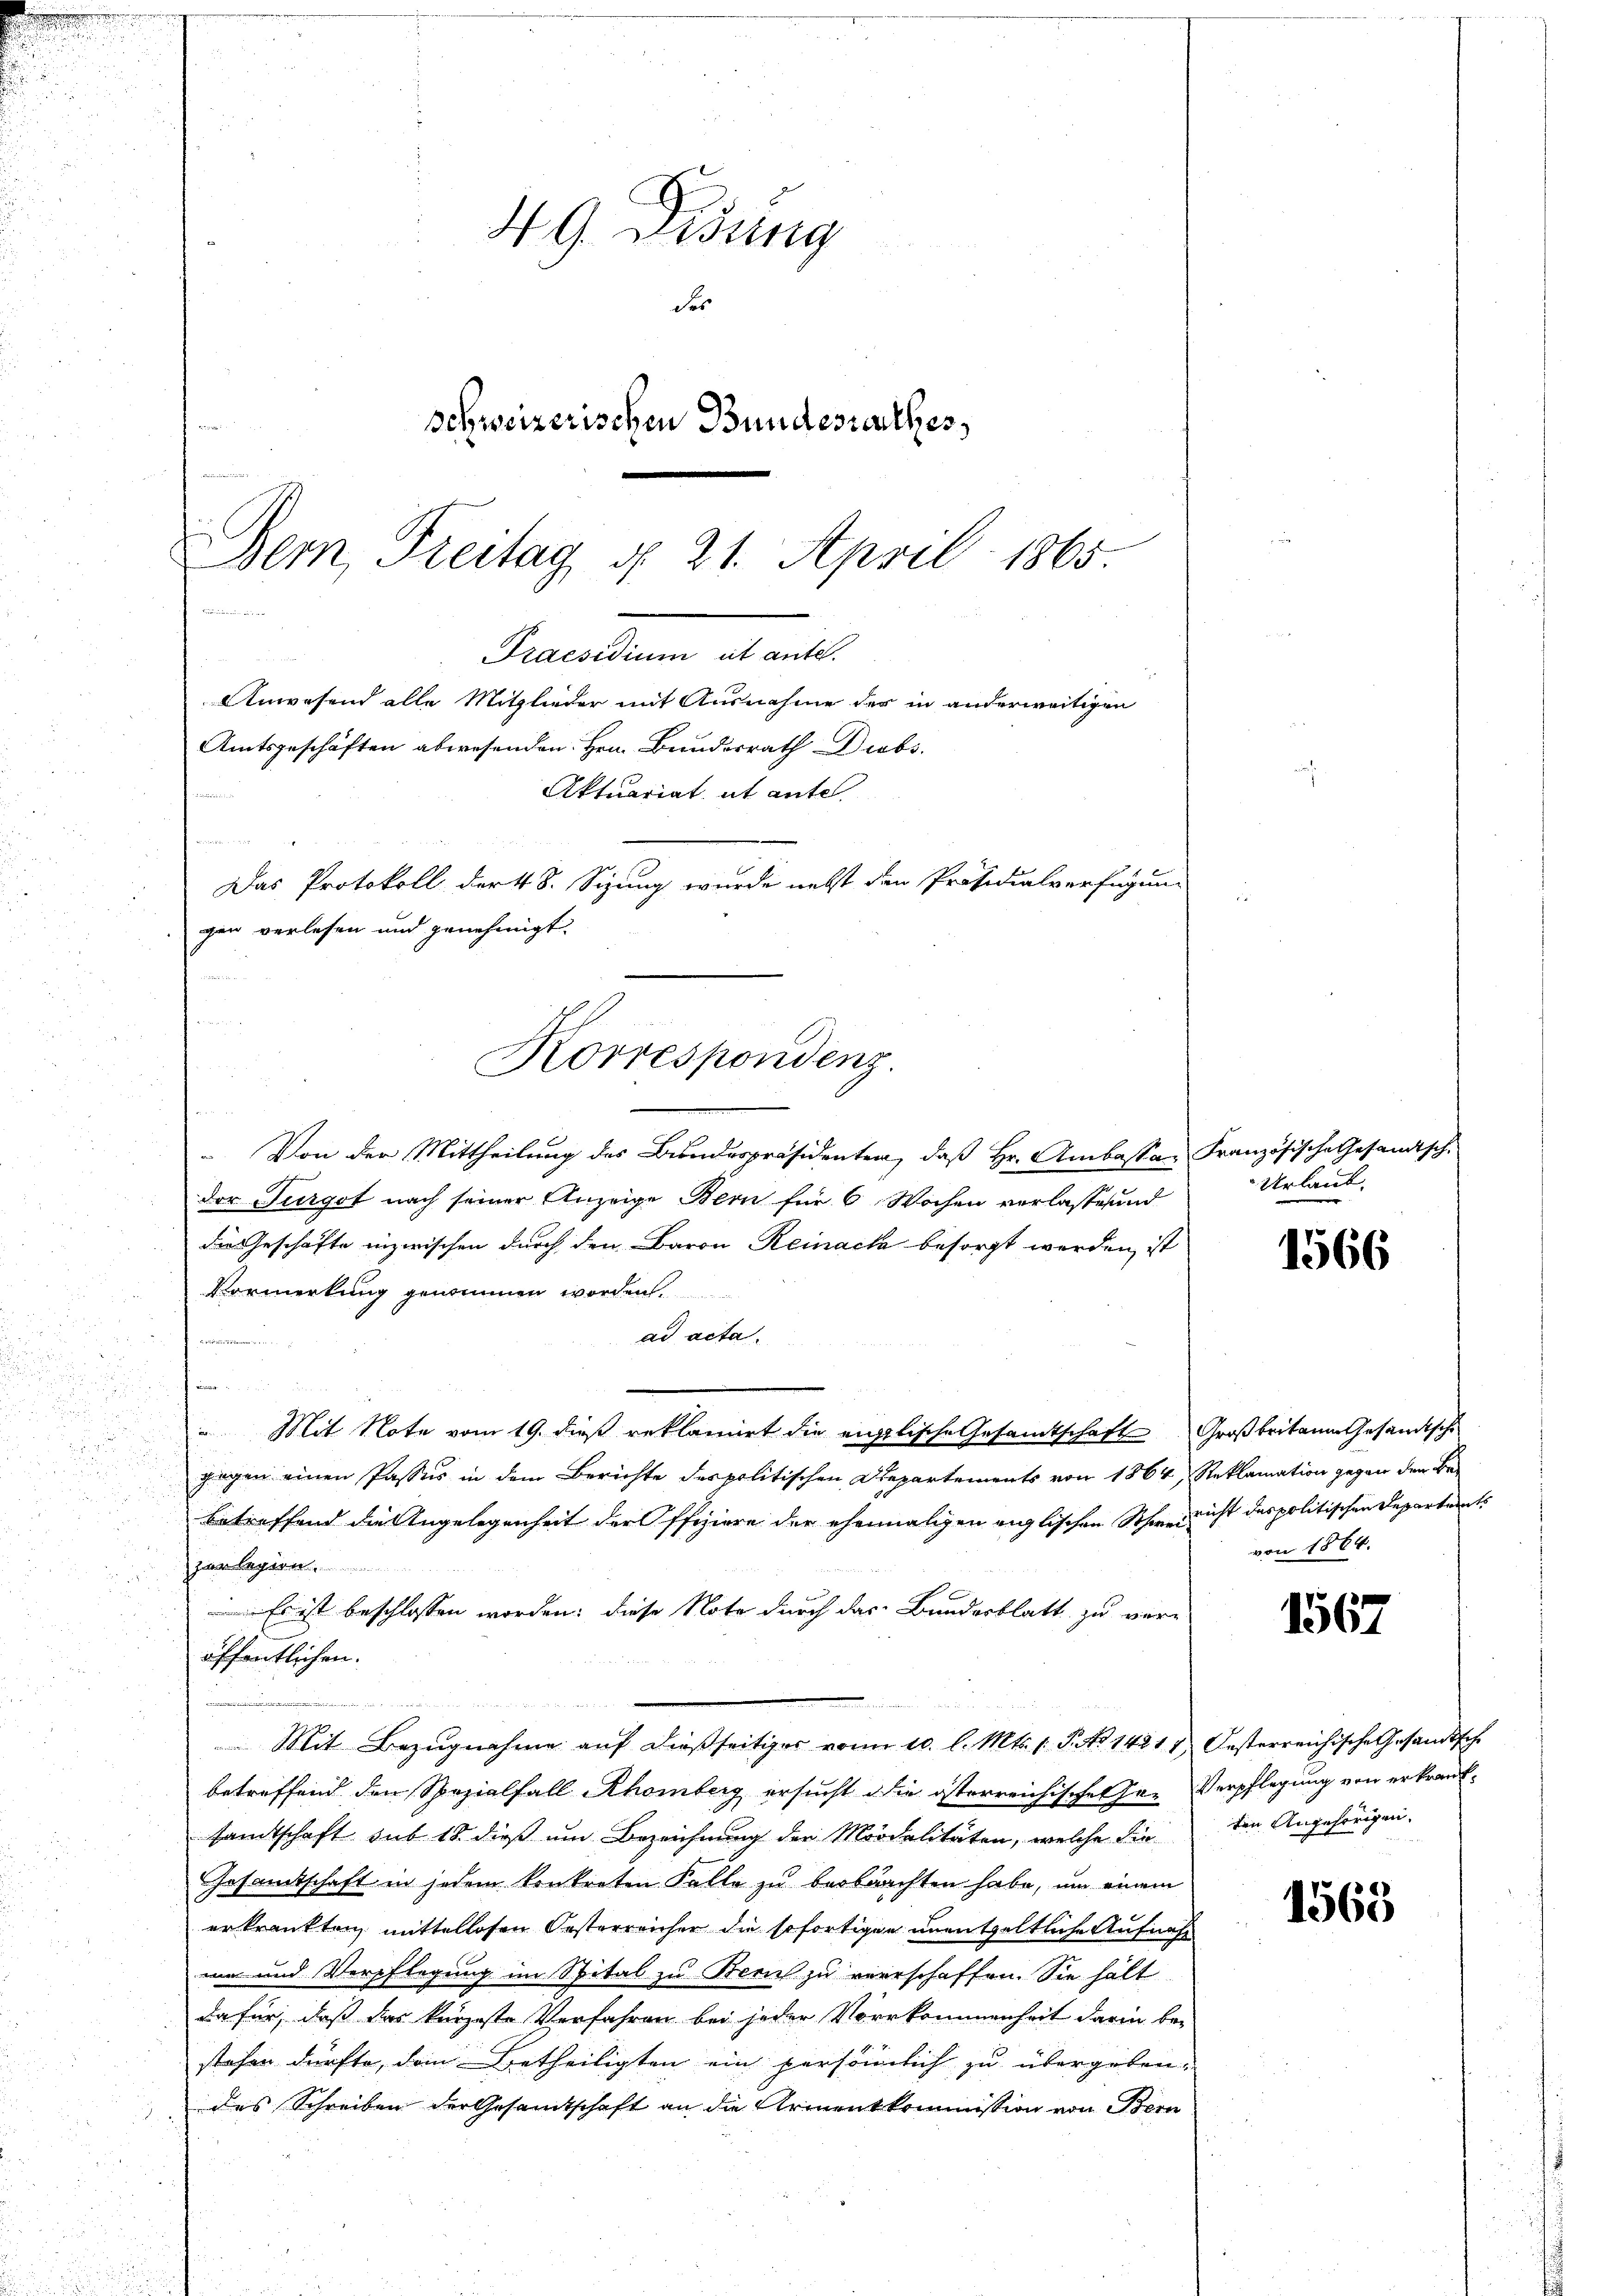
.
u

e

H G. Bissing
der
schweizerischen Bundesrathes,
Bern, Freitag d. 21. April 1865.

.
Datum deut
Anwesend alle Mitglieder mit Ausnahme des in anderweitigen
Amtsgeschäften abwesenden Hrn. Bunderrath Diebs
Aktuariat it ente
 innereini
n
Das Protokoll dort 8. Sigung wurde nebst den Präsidialverfügung
gen verlesen und genehmigt.
Korrespondenz

Von der Mittheilung des Bundespräsidenten, daß Hr. Ambassa Französische Gesandtsch-
der Furgot nach seiner Anzeige Bern für 6 Wochen verlasse und
die Geschäfte inzwischen durch den Baron Reinach besorgt werden, ist
Vormerkung genommen worden,
i
u
n
ad acta.
d
den

" Mit Note vom 19. dieß reklamirt die englische Gesamtschaft Großbritann Gesandtsche

zogen einen Passus in dem Berichte des politischen Departements von 1864, Reklamation gegen den Be¬

betreffend die Angelegenheit der Offiziere der ehemaligen englischen Schwer nicht des politischen Departert
zer legien
 Es ist beschlossen worden; diese Note durch das Bundesblatt zu veröffentlichen.
n
Mit Bezŭgnahme aŭf dießseitiger von 10. l. Mts. 1. P. No 14214) Gesterreichische Gesandtsch-
betreffend den Spezialfall Rhomberg ersucht die österreichische Hr. Verpflegung von erkranksandtschaft sub 18. dieß um Bezeichnung der Modalitäten, welche die den Angehörigen-
Gesamtschaft in jedem konkreten Falle zu beobrachten habe, um einem
erkrankten mittellosen Oesterreicher die sofortigen unentgeltliche Aufnahme und Verpflegung im Spital zu Bern zu verrschaffen. Sie hält
dafür, daß das kürzeste Verfahren bei jeder Vorkommenheit darin be-
stehen dürfte, dem Betheiligten ein persönlich zu übergeben,
des Schreiben der Gesamtschaft an die Armentkommission von Bern

Urlaub

1566

von 1864.

1567

1563